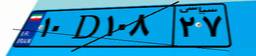
۲۴D۴۳۰۶۶